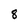
Character: 8